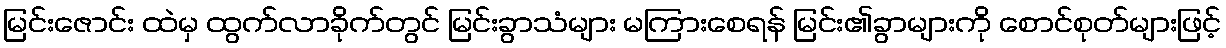
မြင်းဇောင်း ထဲမှ ထွက်လာခိုက်တွင် မြင်းခွာသံများ မကြားစေရန် မြင်း၏ခွာများကို စောင်စုတ်များဖြင့်